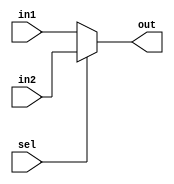
`timescale 1ns/1ns
module mux2to1(out,in1,in2,sel);
  input in1,in2,sel;
  output out;
  assign out=sel?in2:in1;
endmodule